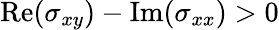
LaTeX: \mathrm{Re}(\sigma_{xy})-\mathrm{Im}(\sigma_{xx})>0